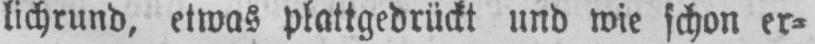
lichrund, etwas plattgedrückt und wie schon er⸗